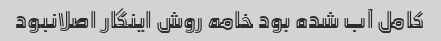
کامل آب شده بود خامه روش اینگار اصلانبود